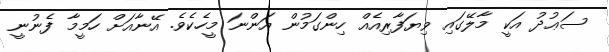
ސަޢުދު އަކީ މާލޭގައި ވިޔަފާރިއެއް ހިންގަމުން އަންނަ މީހެކެެވެ. އޭނާއަށް ހަމީމާ ފެނުނީ